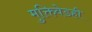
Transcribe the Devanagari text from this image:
मुक्तिवेडही